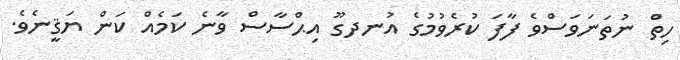
ހިތް ނުތަނަވަސްވެ ފާފަ ކުރެވުމުގެ އުނދގޫ އިޙްސާސް ވާނެ ކަމެއް ކަން ޔަޤީނެވެ.